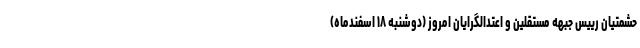
حشمتیان رییس جبهه مستقلین و اعتدالگرایان امروز (دوشنبه ۱۸ اسفندماه)